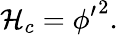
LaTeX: {\cal{H}}_{c}={\phi^{\prime}}^{2}.